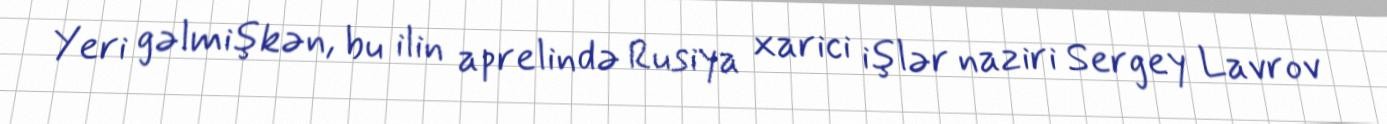
Yeri gəlmişkən, bu ilin aprelində Rusiya xarici işlər naziri Sergey Lavrov